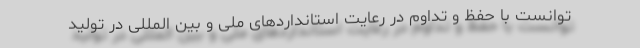
توانست با حفظ و تداوم در رعایت استانداردهای ملی و بین المللی در تولید